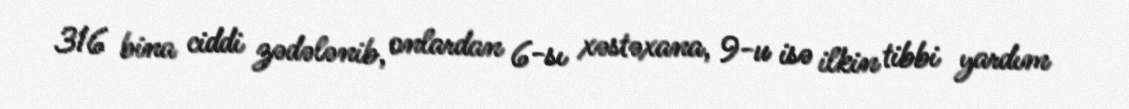
316 bina ciddi zədələnib, onlardan 6-sı xəstəxana, 9-u isə ilkin tibbi yardım